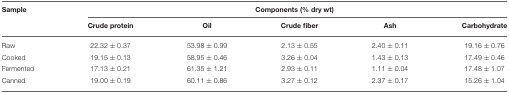
| Sample | <COLSPAN=5> Components (% dry wt) |
 |  | Crude protein | Oil | Crude fiber | Ash | Carbohydrate |
 | --- | --- | --- | --- | --- | --- |
 | Raw | 22.32 ± 0.37 | 53.98 ± 0.99 | 2.13 ± 0.55 | 2.40 ± 0.11 | 19.16 ± 0.76 |
 | Cooked | 19.15 ± 0.13 | 58.95 ± 0.46 | 3.26 ± 0.04 | 1.43 ± 0.13 | 17.49 ± 0.46 |
 | Fermented | 17.13 ± 0.21 | 61.35 ± 1.21 | 2.93 ± 0.11 | 1.11 ± 0.04 | 17.48 ± 1.07 |
 | Canned | 19.00 ± 0.19 | 60.11 ± 0.86 | 3.27 ± 0.12 | 2.37 ± 0.17 | 15.26 ± 1.04 |